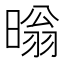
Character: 暡